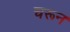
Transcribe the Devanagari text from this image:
चरून